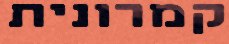
קמרונית